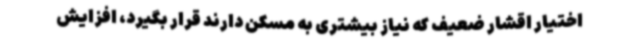
اختیار اقشار ضعیف که نیاز بیشتری به مسکن دارند قرار بگیرد، افزایش